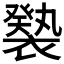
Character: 𧝚